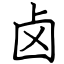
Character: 卤